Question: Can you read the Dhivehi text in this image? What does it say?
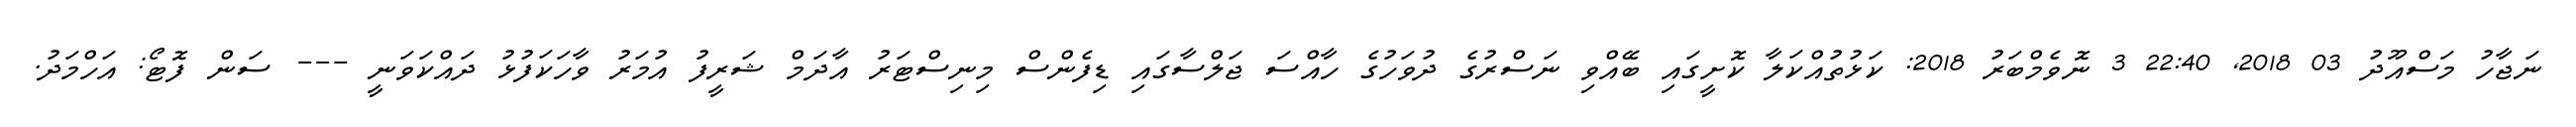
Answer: ނަޖާހު މަސްއޫދު 03 2018, 22:40 3 ނޮވެމްބަރު 2018: ކަޅުތުއްކަލާ ކޮށީގައި ބޭއްވި ނަސްރުގެ ދުވަހުގެ ހާއްސަ ޖަލްސާގައި ޑިފެންސް މިނިސްޓަރު އާދަމް ޝަރީފު އުމަރު ވާހަކަފުޅު ދައްކަވަނީ --- ސަން ފޮޓޯ: އަހްމަދު.